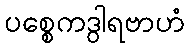
ပစ္စေကဒွါရဗာဟံ